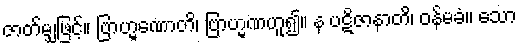
ဇာတ်မျှဖြင့်။ ဗြာဟ္မဏောတိ၊ ဗြာဟ္မဏဟူ၍။ န ပဋိဇာနာတိ၊ ဝန်မခံ။ သော